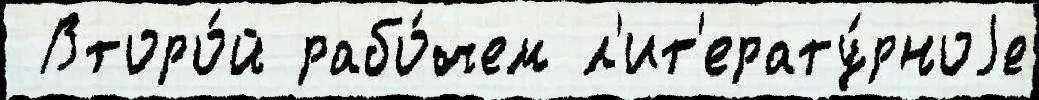
 Второ́й рабо́чем л'ит'ерату́рноjе